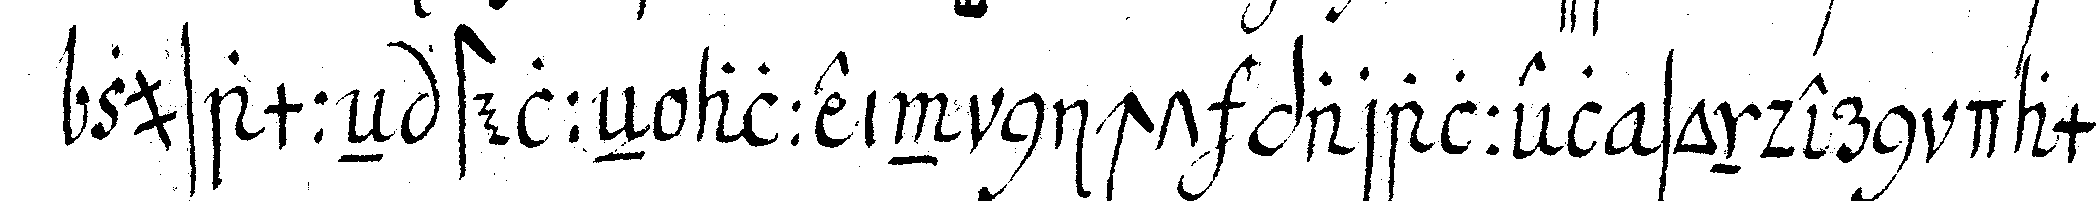
zusammeN stelleN allein nicht parallel sondern damit